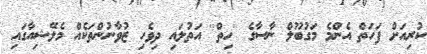
ކުރިއަށް ފަހަތް އެންމެ މަގުބޫލް ނާސާގެ ''ހިތް'' އަތުލައި ދިވެހި ޒުވާނުންތަކެއް މެލޭޝިއާގައި